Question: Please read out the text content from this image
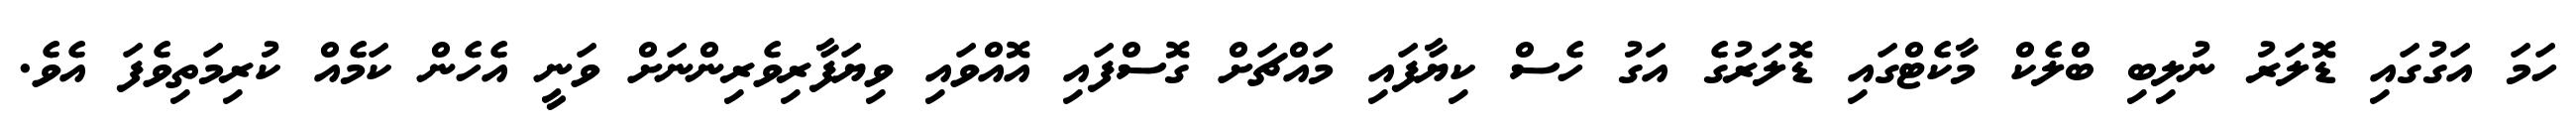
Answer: ހަމަ އަގުގައި ޑޮލަރު ނުލިބި ބްލެކް މާކެޓްގައި ޑޮލަރުގެ އަގު ހެސް ކިޔާފައި މައްޗަށް ގޮސްފައި އޮއްވައި ވިޔަފާރިވެރިންނަށް ވަނީ އެހެން ކަމެއް ކުރިމަތިވެފަ އެވެ.